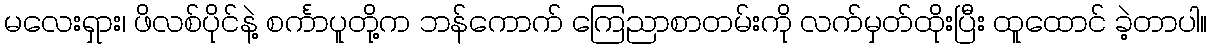
မလေးရှား၊ ဖိလစ်ပိုင်နဲ့ စင်္ကာပူတို့က ဘန်ကောက် ကြေညာစာတမ်းကို လက်မှတ်ထိုးပြီး ထူထောင် ခဲ့တာပါ။